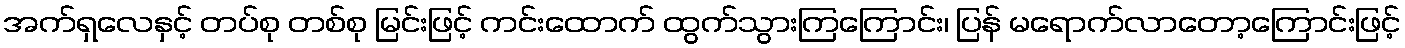
အက်ရှလေနှင့် တပ်စု တစ်စု မြင်းဖြင့် ကင်းထောက် ထွက်သွားကြကြောင်း၊ ပြန် မရောက်လာတော့ကြောင်းဖြင့်